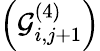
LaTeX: \left(\mathcal{G}_{i,j+1}^{(4)}\right)